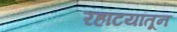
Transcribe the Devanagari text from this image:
रहाटयांतून